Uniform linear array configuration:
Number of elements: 8
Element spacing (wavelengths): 0.5
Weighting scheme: hamming
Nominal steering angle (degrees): -45
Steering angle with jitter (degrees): -45.23
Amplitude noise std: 0.05
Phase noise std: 0.05

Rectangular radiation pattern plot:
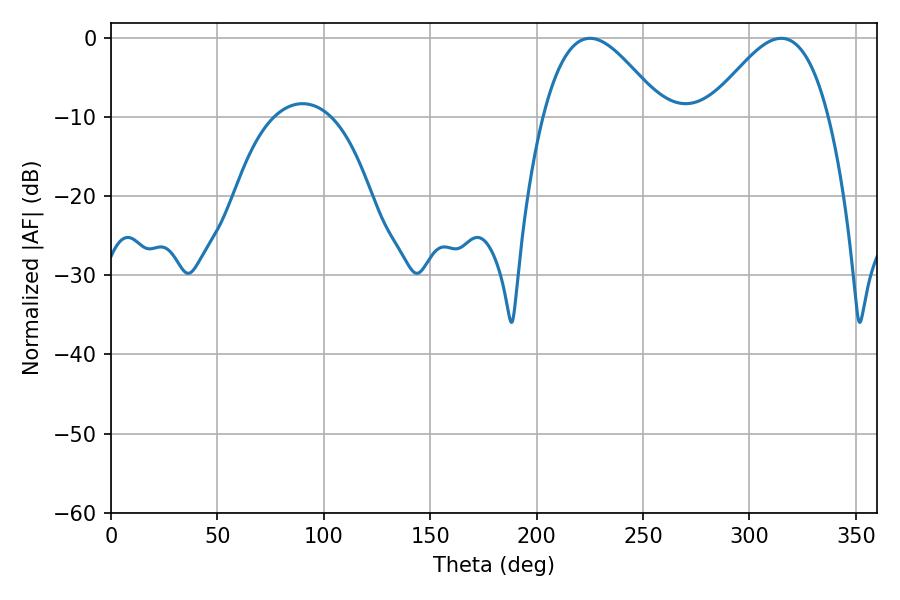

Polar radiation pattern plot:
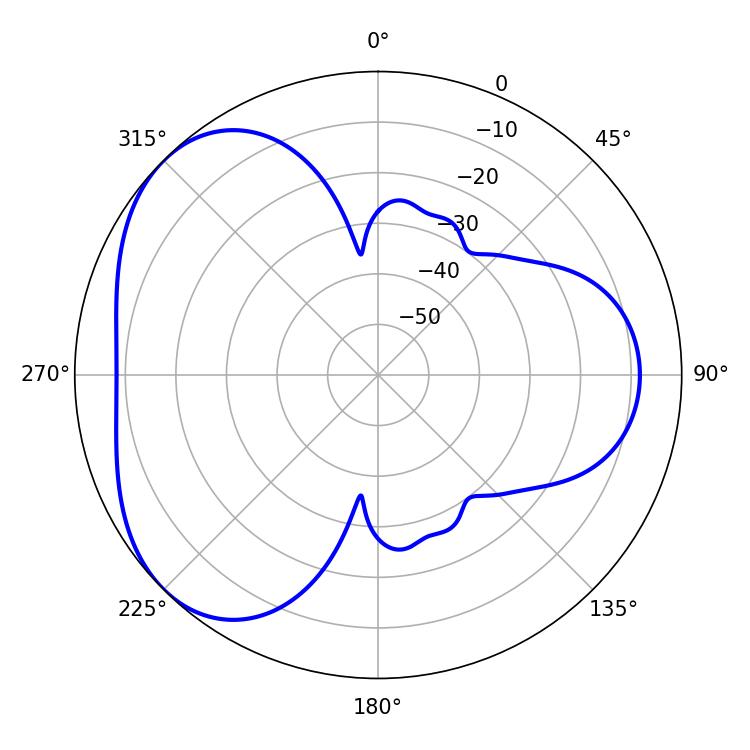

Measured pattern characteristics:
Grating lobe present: FALSE
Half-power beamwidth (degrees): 30.24
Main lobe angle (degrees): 225